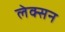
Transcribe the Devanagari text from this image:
लेक्सन